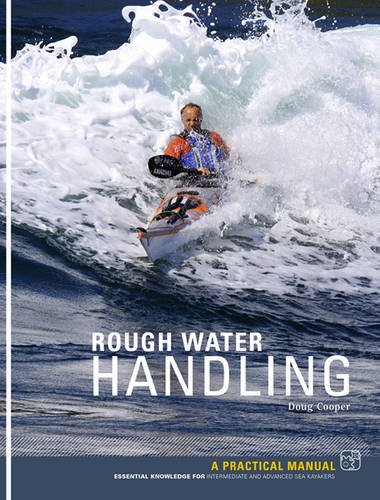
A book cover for Rough Water Handling: A Practical Manual, Essential Knowledge for Intermediate and Advanced Paddlers; Doug Cooper; Sports & Outdoors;